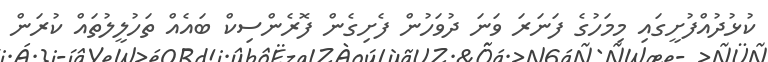
ކުޅުދުއްފުށީގައި މިމަހުގެ ފަނަރަ ވަނަ ދުވަހުން ފެށިގެން ފޮރެންސިކް ބައެއް ތަހުލީލުތައް ކުރަން